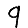
Digit: 9